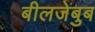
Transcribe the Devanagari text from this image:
बीलजेबुब